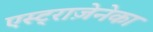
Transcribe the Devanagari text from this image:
एस्ट्राज़ेनेका